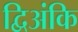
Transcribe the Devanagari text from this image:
द्विअंकि